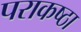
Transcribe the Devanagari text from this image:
पराकष्ठा